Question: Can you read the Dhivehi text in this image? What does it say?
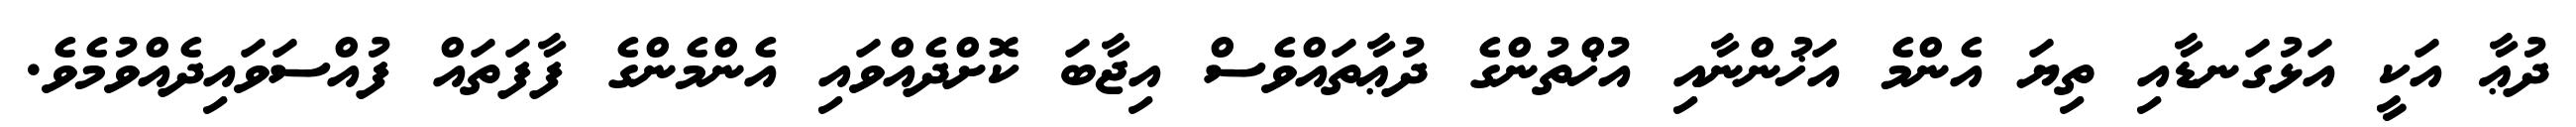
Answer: ދުޢާ އަކީ އަޅުގަނޑާއި ތިޔަ އެންމެ އަޚުންނާއި އުޚްތުންގެ ދުޢާތައްވެސް އިޖާބަ ކޮށްދެއްވައި އެންމެންގެ ފާފަތައް ފުއްސަވައިދެއްވުމެވެ.